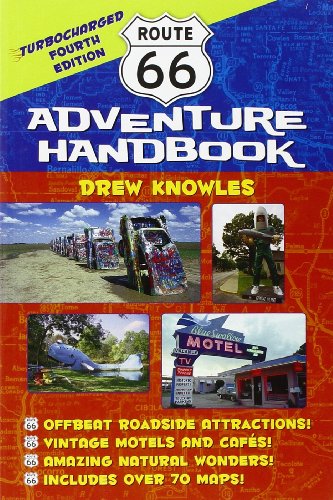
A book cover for Route 66 Adventure Handbook: Turbocharged Fourth Edition; Drew Knowles; Travel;